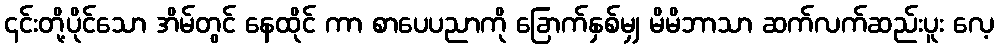
၄င်းတို့ပိုင်သော အိမ်တွင် နေထိုင် ကာ စာပေပညာကို ခြောက်နှစ်မျှ မိမိဘာသာ ဆက်လက်ဆည်းပူး လေ့